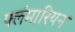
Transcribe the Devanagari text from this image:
फ्लंमारियन